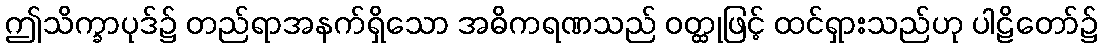
ဤသိက္ခာပုဒ်၌ တည်ရာအနက်ရှိသော အဓိကရဏသည် ဝတ္ထုဖြင့် ထင်ရှားသည်ဟု ပါဠိတော်၌